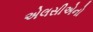
એલસીએનો